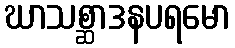
ဃာသစ္ဆာဒနပရမော